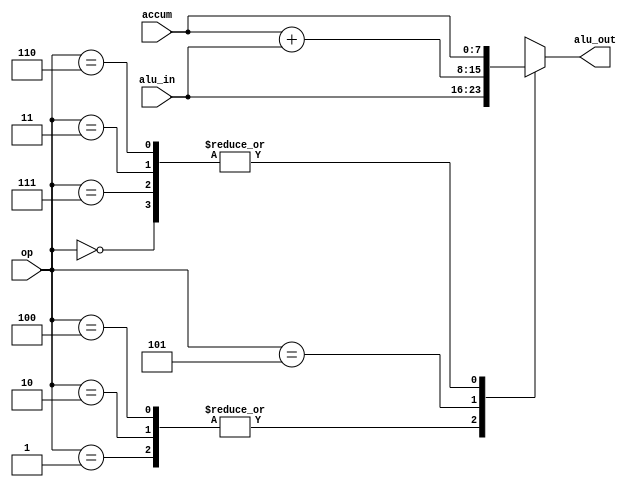
// This program was cloned from: https://github.com/liuqdev/8-bits-RISC-CPU-Verilog
// License: MIT License

`timescale 1ns / 1ps
//////////////////////////////////////////////////////////////////////////////////
module alu(alu_out, alu_in, accum, op);//  arithmetic logic unit
    // to perform arithmetic and logic operations.
input [2:0] op;
input [7:0] alu_in,accum;
output reg [7:0] alu_out;

parameter 	NOP=3'b000,
			LDO=3'b001,
			LDA=3'b010,
			STO=3'b011,
			PRE=3'b100,
			ADD=3'b101,
			LDM=3'b110,
			HLT=3'b111;


always @(*) begin
		casez(op)
		NOP:	alu_out = accum;
		HLT:	alu_out = accum;
		LDO:	alu_out = alu_in;
		LDA:	alu_out = alu_in;
		STO:	alu_out = accum;
		PRE:	alu_out = alu_in;
		ADD:	alu_out = accum+alu_in;
		LDM:	alu_out = accum;
		default:	alu_out = 8'bzzzz_zzzz;
		endcase
end
			 
			
endmodule